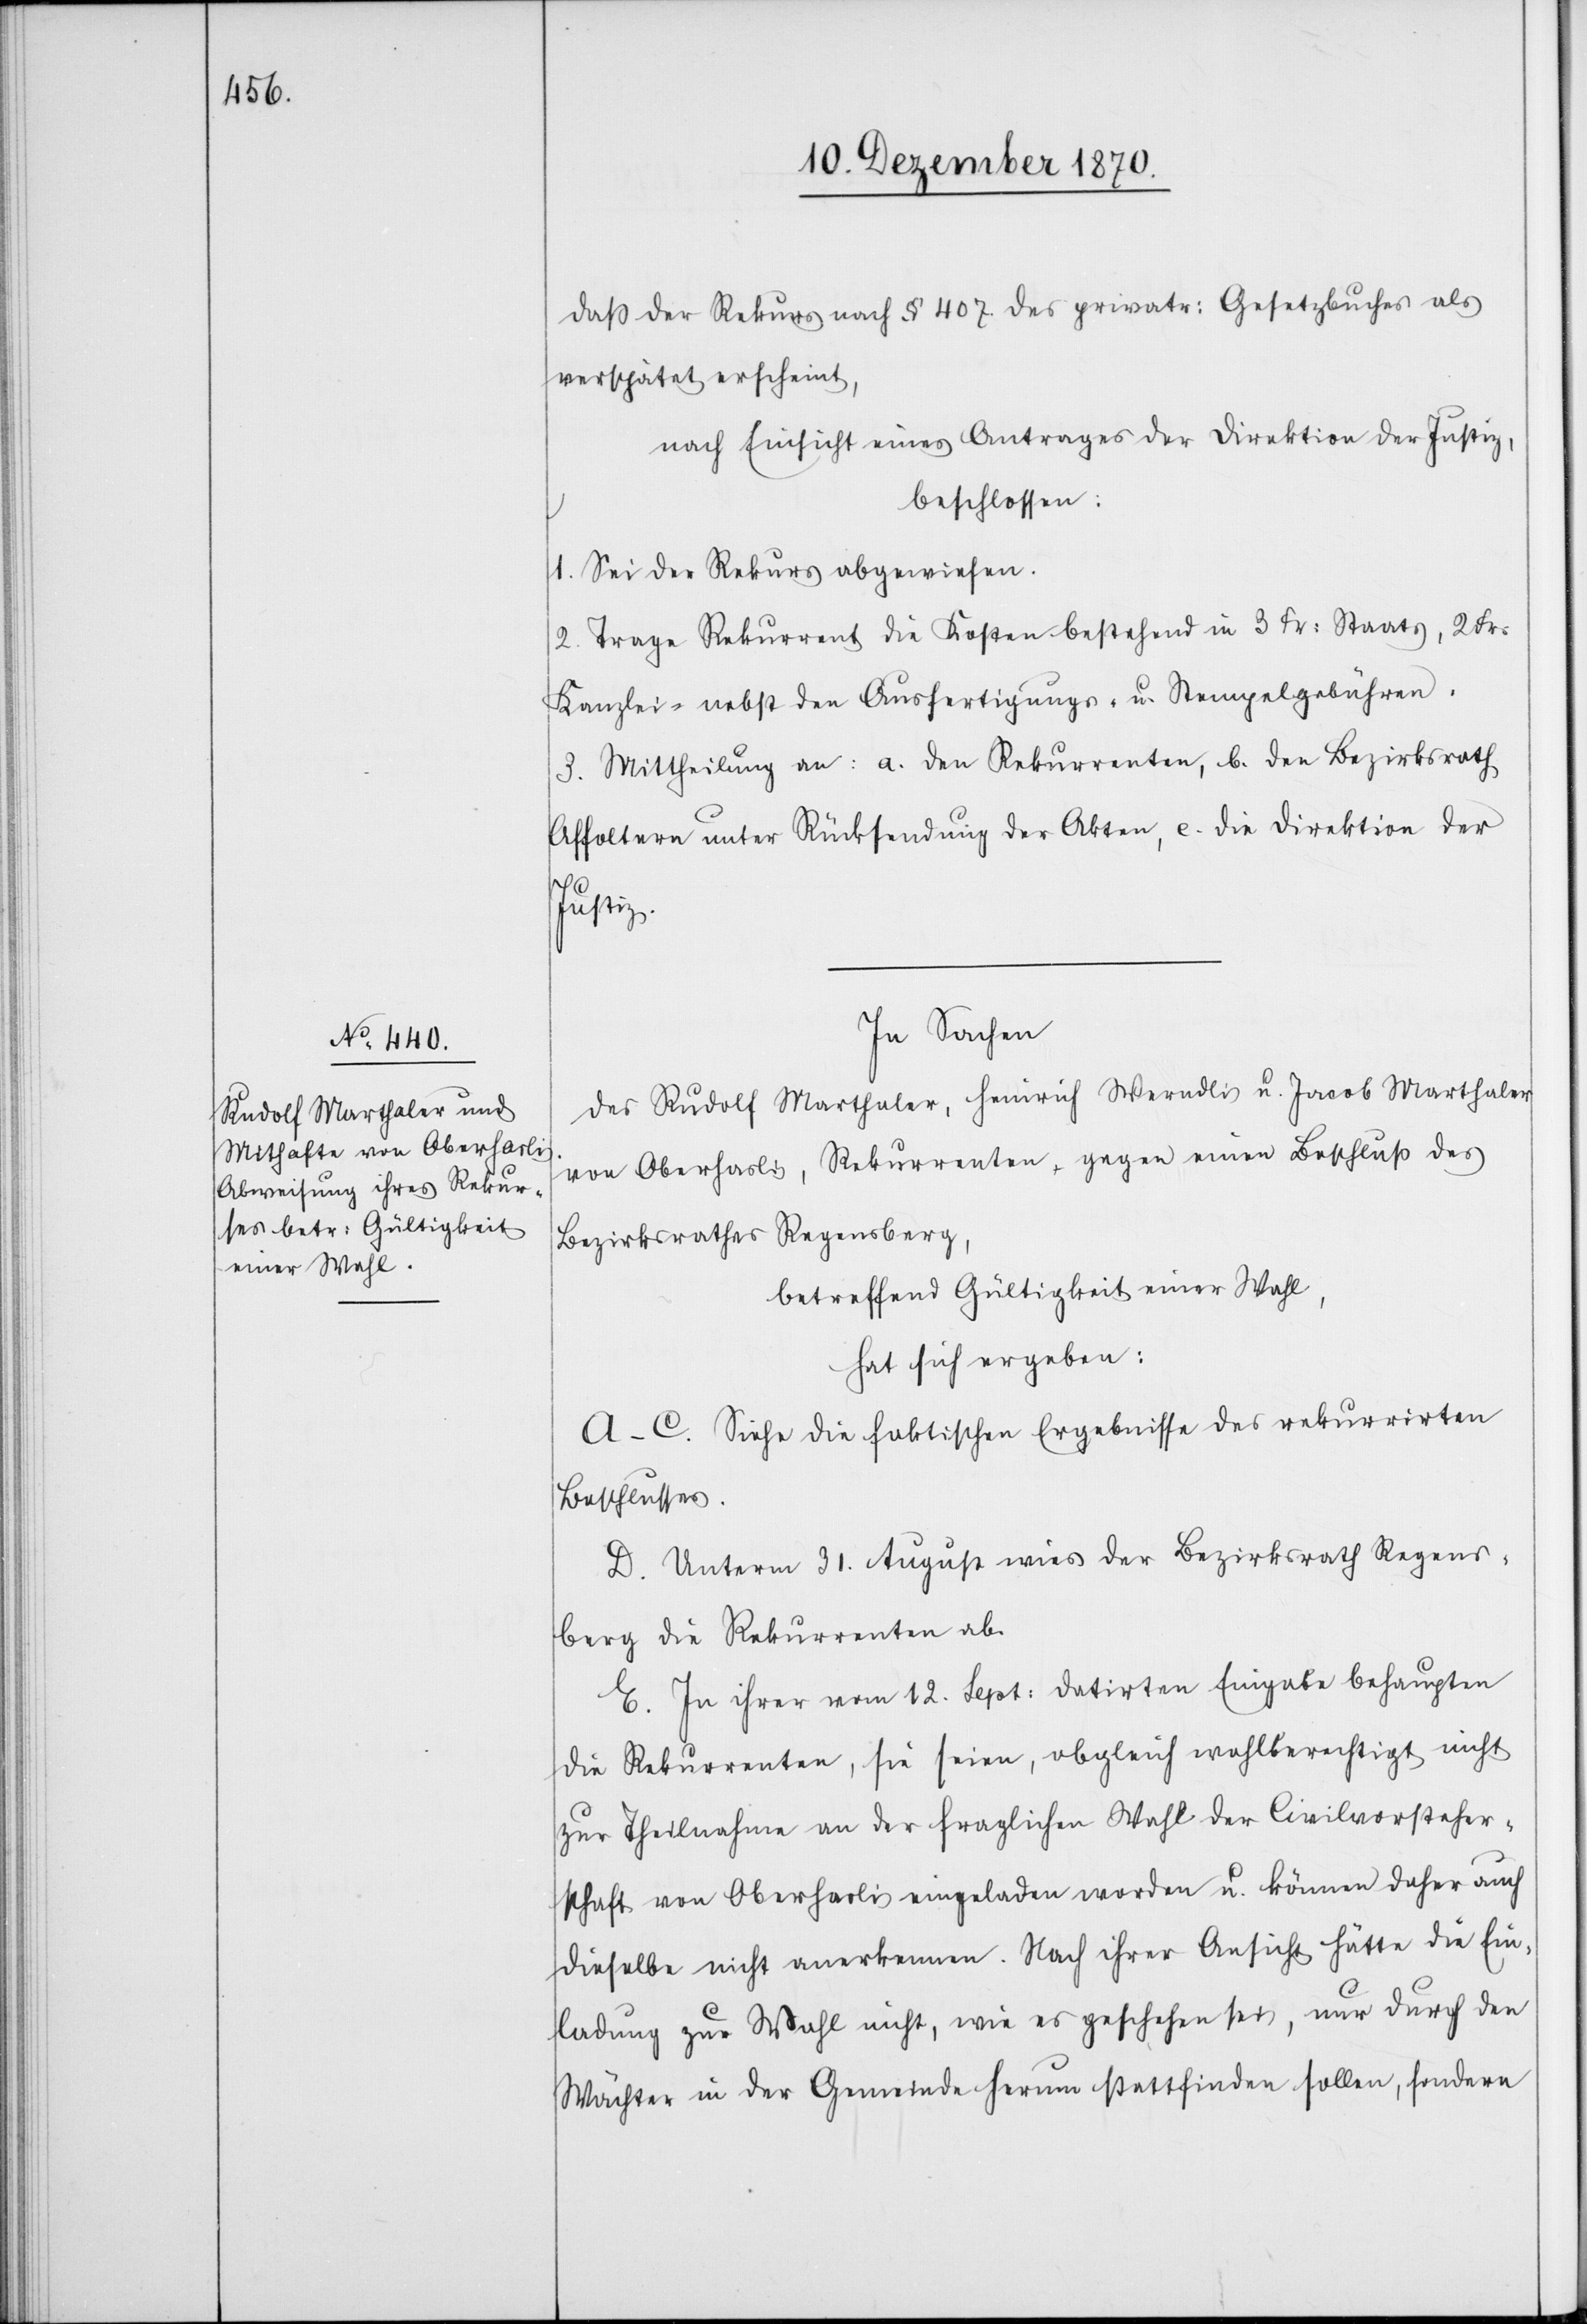
daß der Rekurs nach § 407 des privatr: Gesetzbuches als
verspätet erscheint,
nach Einsicht eines Antrages der Direktion der Justiz,
beschlossen:
1. Sei der Rekurs abgewiesen.
2. Trage Rekurrent die Kosten bestehend in 3 Fr: Staats[-], 2 Fr.
Kanzlei- nebst den Ausfertigungs- u. Stempelgebühren.
3. Mittheilung an: a. den Rekurrenten, b. den Bezirksrath
Affoltern unter Rücksendung der Akten, c. die Direktion der
Justiz.
In Sachen
des Rudolf Marthaler, Heinrich Werndlis u. Jacob Marthaler
von Oberhasli, Rekurrenten gegen einen Beschluß des
Bezirksrathes Regensberg
betreffend Gültigkeit einer Wahl,
hat sich ergeben:
A–C. Siehe die faktischen Ergebnisse des rekurrirten
Beschlusses.
D. Unterm 31. August wies der Bezirksrath Regens¬
berg die Rekurrenten ab.
E. In ihrer vom 12. Sept: datirten Eingabe behaupten
die Rekurrenten, sie seien, obgleich wahlberechtigt nicht
zur Theilnahme an der fraglichen Wahl der Civilvorsteher¬
schaft von Oberhasli eingeladen worden u. können daher auch
dieselbe nicht anerkennen. Nach ihrer Ansicht hätte die Ein¬
ladung zur Wahl nicht, wie es geschehen sei, nur durch den
Wächter in der Gemeinde herum stattfinden sollen, sondern